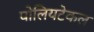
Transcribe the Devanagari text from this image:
पोलियटेकल